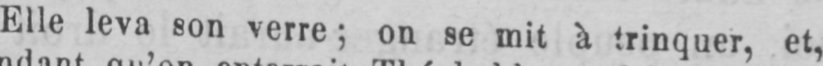
Elle leva son verre; on se mit à trinquer, et,